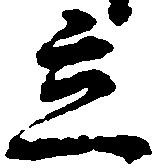
立